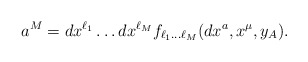
\begin{align*}a^M=dx^{\ell_1}\dots dx^{\ell_M}f_{\ell_1\dots \ell_M}(dx^a,x^\mu,y_A).\end{align*}